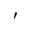
'